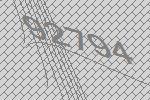
92794